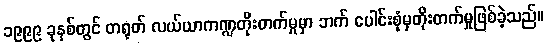
၁၉၉၉ ခုနှစ်တွင် တရုတ် လယ်ယာကဏ္ဍတိုးတက်မှုမှာ ဘက် ပေါင်းစုံမှတိုးတက်မှုဖြစ်ခဲ့သည်။